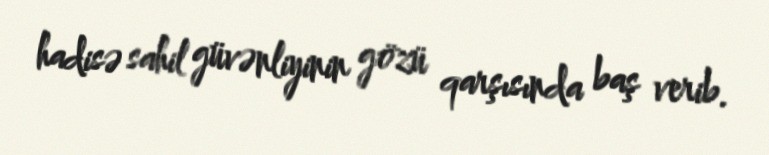
hadisə sahil güvənliyinin gözü qarşısında baş verib.